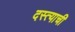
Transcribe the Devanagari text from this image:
दस्त्याची